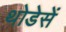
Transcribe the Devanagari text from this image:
थोडेसें